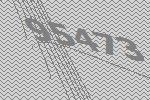
95473